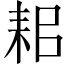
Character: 耜